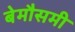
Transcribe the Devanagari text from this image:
बेमौसमी